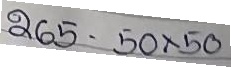
265 - 50 x 50